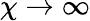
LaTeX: \chi\rightarrow\infty